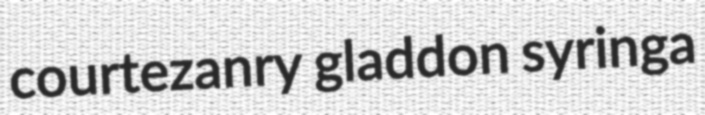
courtezanry gladdon syringa